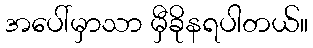
အပေါ်မှာသာ မှီခိုနရပါတယ်။